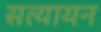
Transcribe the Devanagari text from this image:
सत्यायन